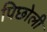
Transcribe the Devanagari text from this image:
पिछोली